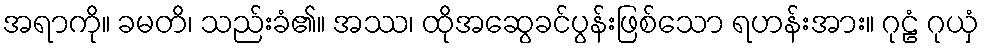
အရာကို။ ခမတိ၊ သည်းခံ၏။ အဿ၊ ထိုအဆွေခင်ပွန်းဖြစ်သော ရဟန်းအား။ ဂုဠံ ဂုယှံ